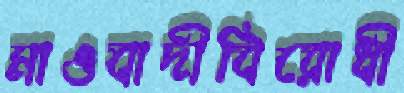
মাওবাদীবিরোধী